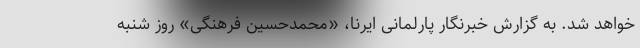
خواهد شد. به گزارش خبرنگار پارلمانی ایرنا، «محمدحسین فرهنگی» روز شنبه